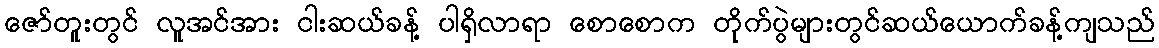
ဇော်တူးတွင် လူအင်အား ငါးဆယ်ခန့် ပါရှိလာရာ စောစောက တိုက်ပွဲများတွင်ဆယ်ယောက်ခန့်ကျသည်